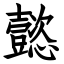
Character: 懿